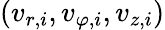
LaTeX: (v_{r,i},v_{\varphi,i},v_{z,i})